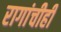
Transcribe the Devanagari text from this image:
रागांचीही